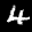
Label: 4